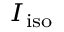
\scriptstyle I _ { \mathrm { i s o } }